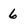
Character: 6